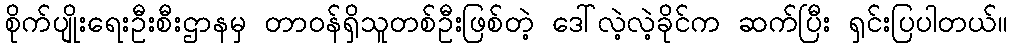
စိုက်ပျိုးရေးဦးစီးဌာနမှ တာဝန်ရှိသူတစ်ဦးဖြစ်တဲ့ ဒေါ်လဲ့လဲ့ခိုင်က ဆက်ပြီး ရှင်းပြပါတယ်။